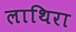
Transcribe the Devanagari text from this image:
लाथिरा